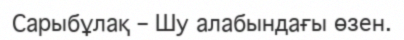
Сарыбұлақ – Шу алабындағы өзен.